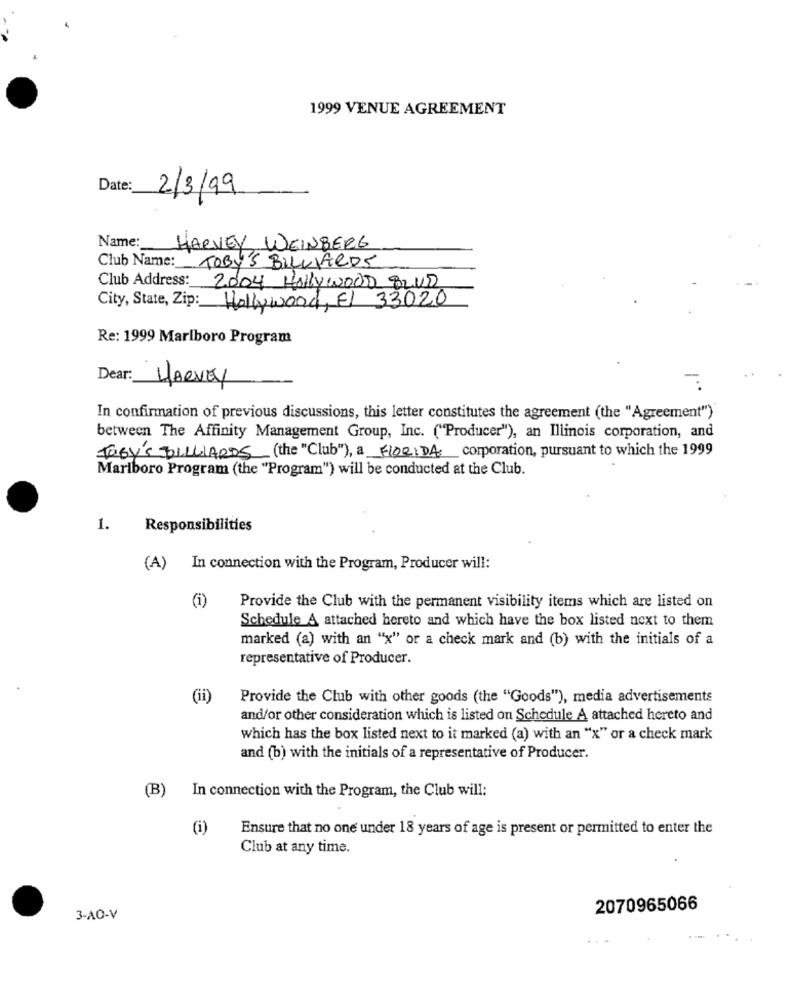
1999 VENUE AGREEMENT
Date:
2/3/99
Name:
HARVEY WEINBERG
Club Name: TOBY'S BILLIARDS
Club Address: 2004 HOLLYWOOD BLVD
City, State, Zip: Hollywood, El 33020
Re: 1999 Marlboro Program
Dear:
HARVEY
In confirmation of previous discussions, this letter constitutes the agreement (the "Agreement")
between The Affinity Management Group, Inc. ("Producer"), an Illinois corporation, and
FOGY'S BILLIARDS (the "Club"), a FLORIDA corporation, pursuant to which the 1999
Marlboro Program (the "Program") will be conducted at the Club.
1.
Responsibilities
(A) In connection with the Program, Producer will:
(i)
Provide the Club with the permanent visibility items which are listed on
Schedule A attached hereto and which have the box listed next to them
marked (a) with an "x" or a check mark and (b) with the initials of a
representative of Producer.
(ii)
Provide the Club with other goods (the "Goods"), media advertisements
and/or other consideration which is listed on Schedule A attached hereto and
which has the box listed next to it marked (a) with an "x" or a check mark
and (b) with the initials of a representative of Producer.
(B) In connection with the Program, the Club will:
(i)
Ensure that no one under 18 years of age is present or permitted to enter the
Club at any time.
2070965066
3-AO-V